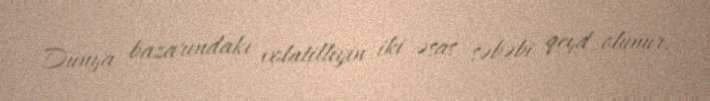
Dünya bazarındakı volatilliyin iki əsas səbəbi qeyd olunur.